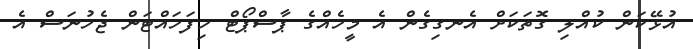
އުޅޭކަން ކުއްލި ގޮތަކަށް އެނގިގެން އެ މީހެއްގެ ޕާސްޕޯޓް ހިފަހައްޓަން ޖެހުނަސް އެ